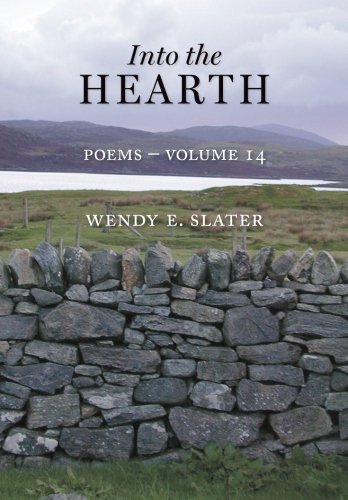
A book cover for Into the Hearth, Poems-Volume 14 (The Traduka Wisdom Series); Wendy E. Slater; Politics & Social Sciences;